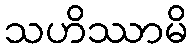
သဟိဿာမိ